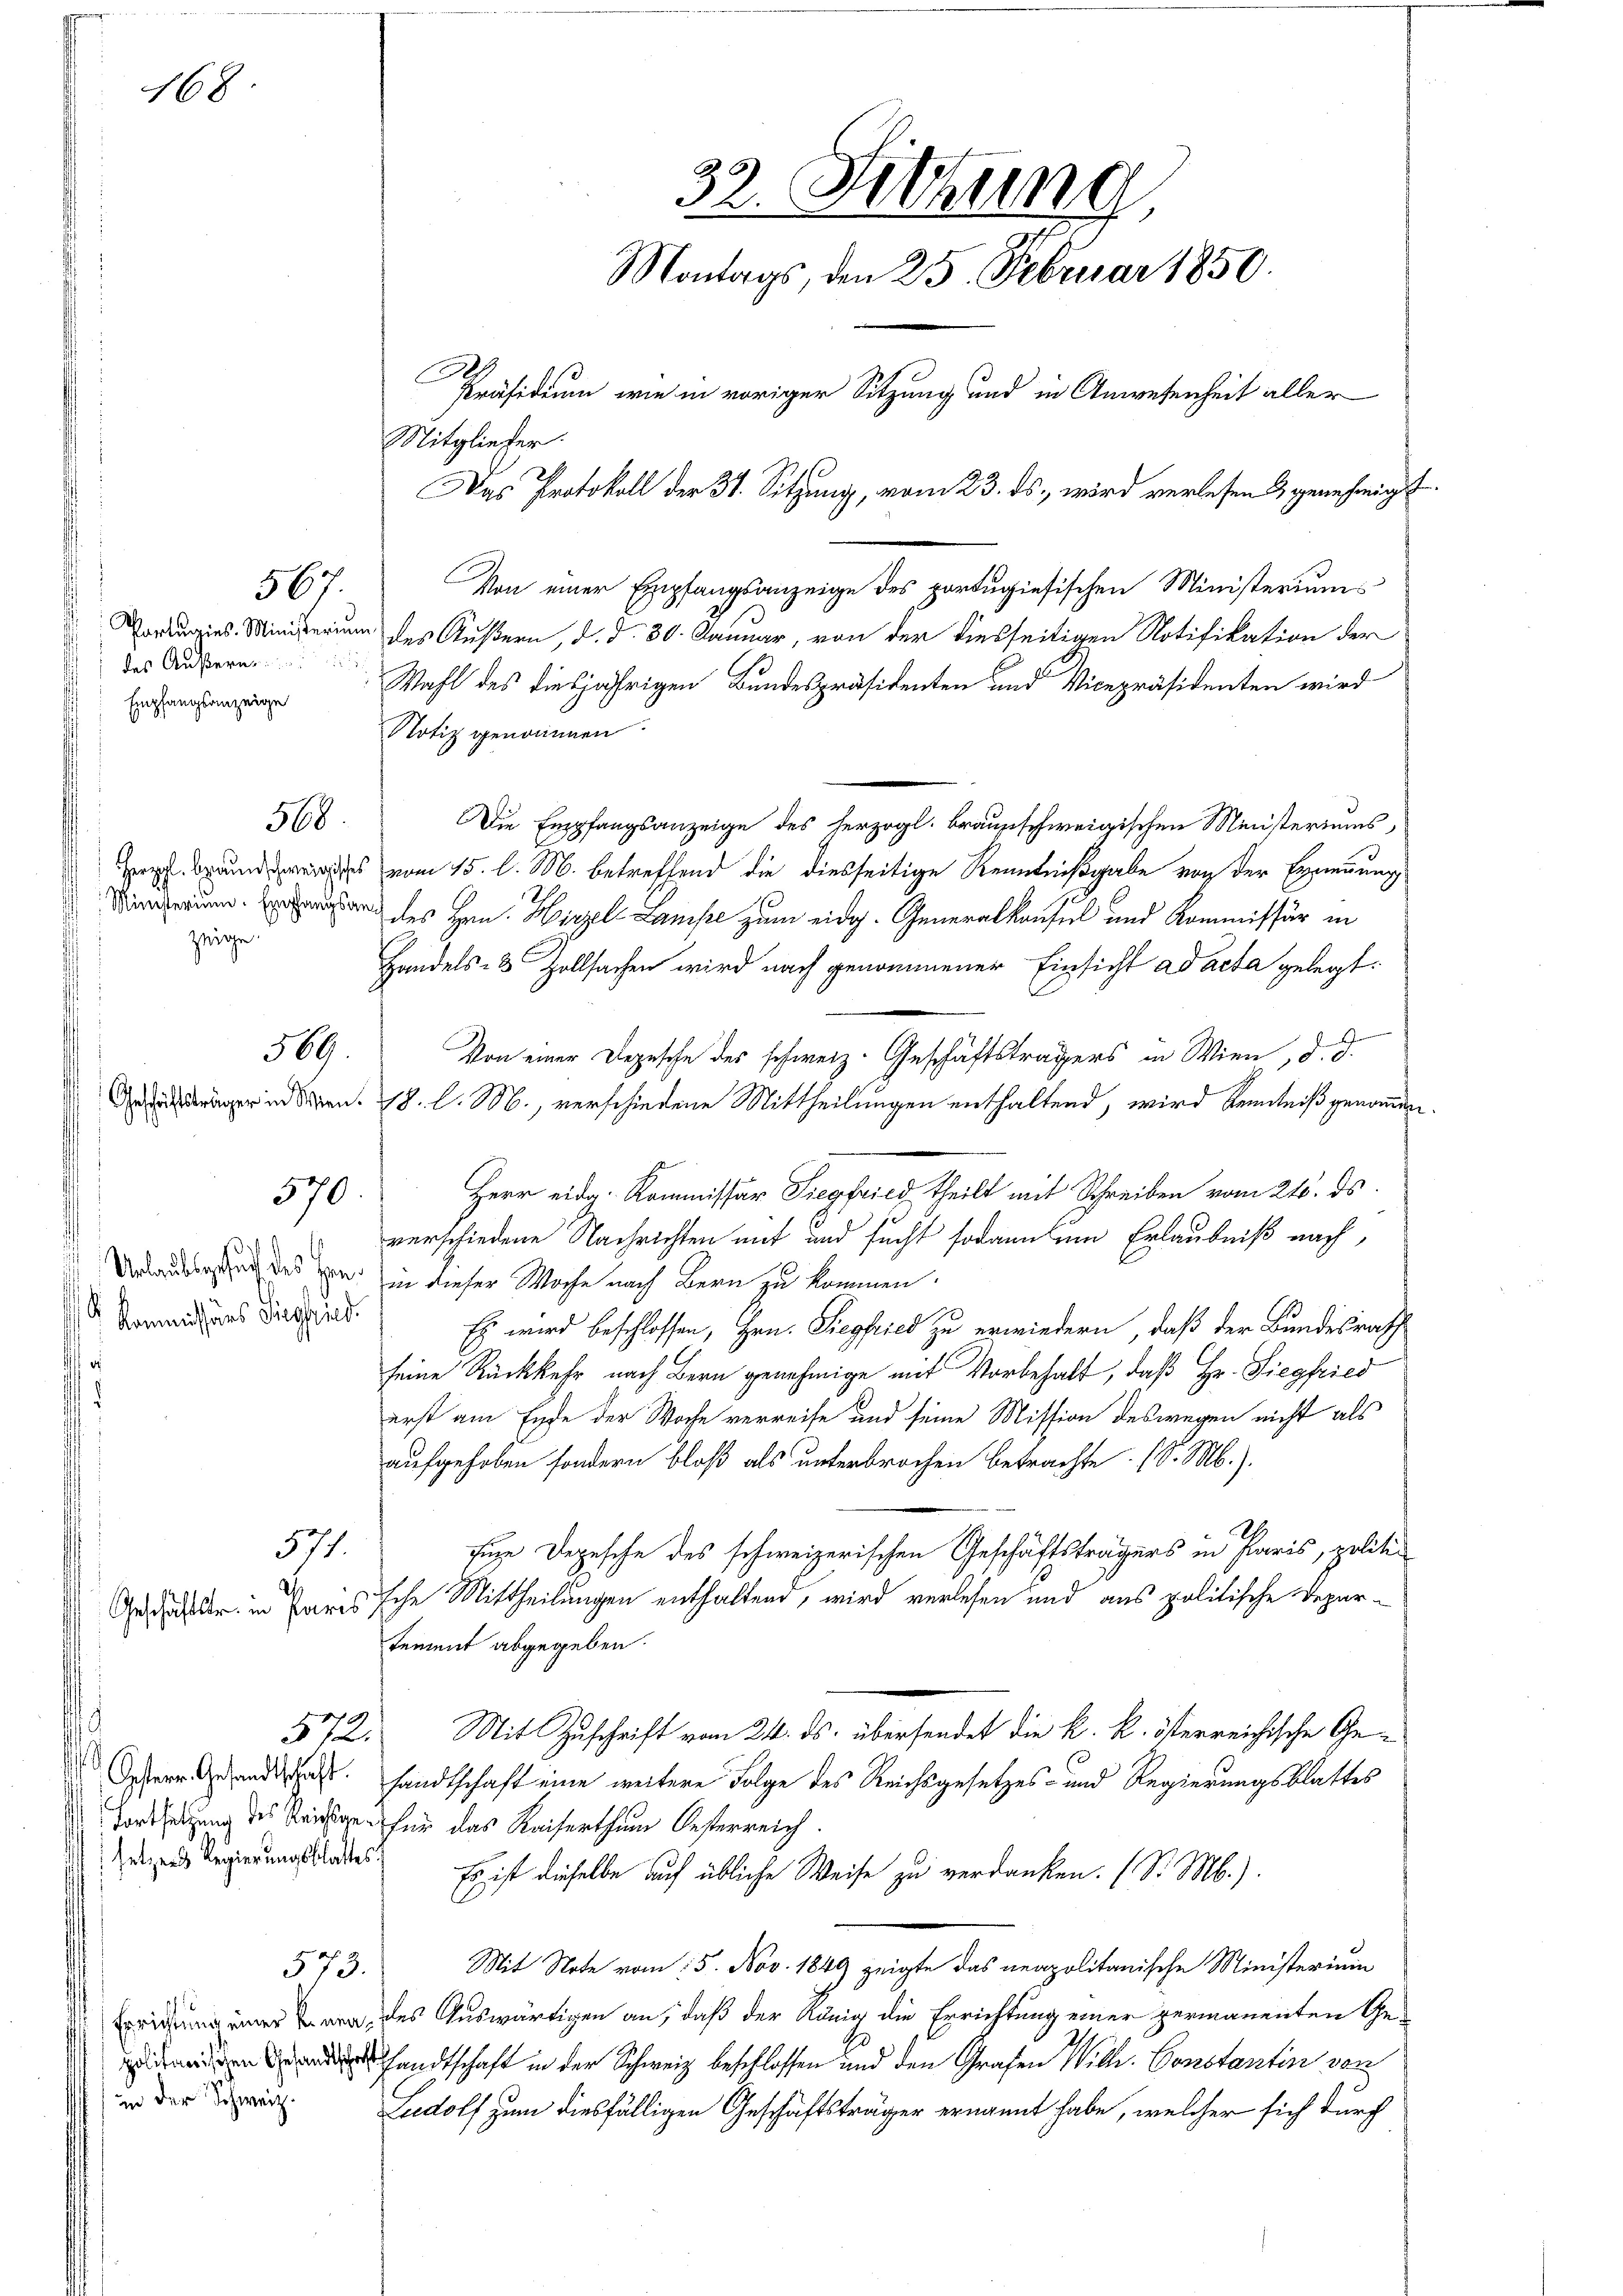
des Äußern...
Empfangsanzeige

168.

567.

568

zeige.

509

570.

.
Kommissions Siegfried.

572.

573.

571.

in der Schweiz.

l
Mitgliefer.
Von einer Empfangsanzeige des portugisischen Ministeriums
Portugins-Ministerung des Äußern, d. d. 30. Januar, von der diesseitigen Notifikation der
Wahl des diesjährigen Bundespräsidenten und Vicepräsidenten wird
Notiz genommen
Die Empfangsanzeige des herzogl. braunschweigischen Ministeriums,
 vom 15. d. M. betreffend die diesseitige Kenntnißgabe von der Erredung
 des Hrn. Hirzel Lanike zum eidg. Generalkoufel und Kommissär in
Handels- & Zollsachen wird nach genommener Einsicht ad acta gelegt:
.
Von einer Depesche des schweiz. Geschäftsträgers in Wien, d. d.
r in den 8. d. M., verschiedene Mittheilungen enthaltend, wird Kenntniß genommen
Herr eidg. Kommissar Siegfried theilt mit Schreiben vom 24. ds.
verschiedene Nachrichten mit und sucht sodann um Erlaubniß nach
Urlaubsestung des gen. in dieser Woche nach Bern zu kommen.
Es wird beschlossen, Hrn. Siegfried zu erwiedern, daß der Bundesrath
seine Rückkehr nach Bern genehmige mit Vorbehalt, daß Hr. Siegfried
erst am Ende der Woche verreise und seine Mission deswegen nicht als
aufgehoben sondern bloß als unterbrochen betrachte. (S. M.).
zige Depesche des schweizerischen Geschäftsträgers in Paris, politi¬
Aus der in Paris sche Mittheilungen enthaltend, wird verlesen und aus politische Departement abgegeben.
Mit Zuschrift vom 24. ds. übersendet die k. k. österreichische Ge¬
Ostere Gesandtschaft. Handtschaft eine weitere Folge des Reichsgesetzes- und Regierungsblattes
Fortsetzung des Reise für das Kaiserthum Oesterreich.
eie Regierungssades. Es ist dieselbe auf übliche Weise zu verdanken. (S. M.).
Mit Note vom 15. Nov. 1849 zeigte das neapolitanische Ministerium
prietung einer Bern des Auswärtigen an, daß der König die Errichtung einer permanenten Ge-
desandtschaft in der Schweiz beschlossen und den Grafen Wille. Constantin von
Ludolf zum diesfälligen Geschäftsträger ernannt habe, welcher sich durch

32. Setzung
Montags, den 25. Februar 1850.
Präsidium wie in voriger Sitzung und in Anwesenheit aller
Das Protokoll der 34. Sitzung, vom 23. ds., wird verlesen & genehmigt